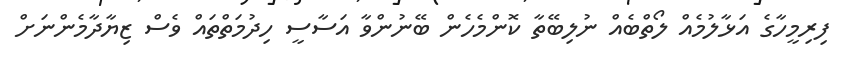
ފިރިމީހާގެ އަޅާލުމެއް ލޯތްބެއް ނުލިބޭތާ ކޮންމެހެން ބޭނުންވާ އަސާސީ ހިދުމަތްތައް ވެސް ޒިޔާދާމެންނަށް